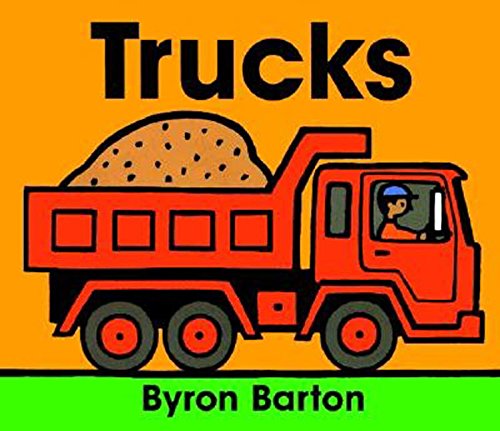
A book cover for Trucks Board Book; Byron Barton; Children's Books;